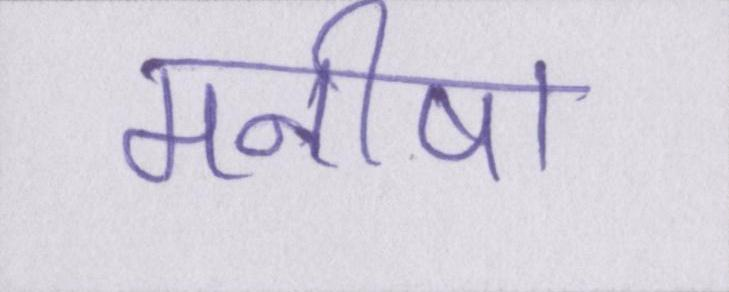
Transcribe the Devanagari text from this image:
मनीषा